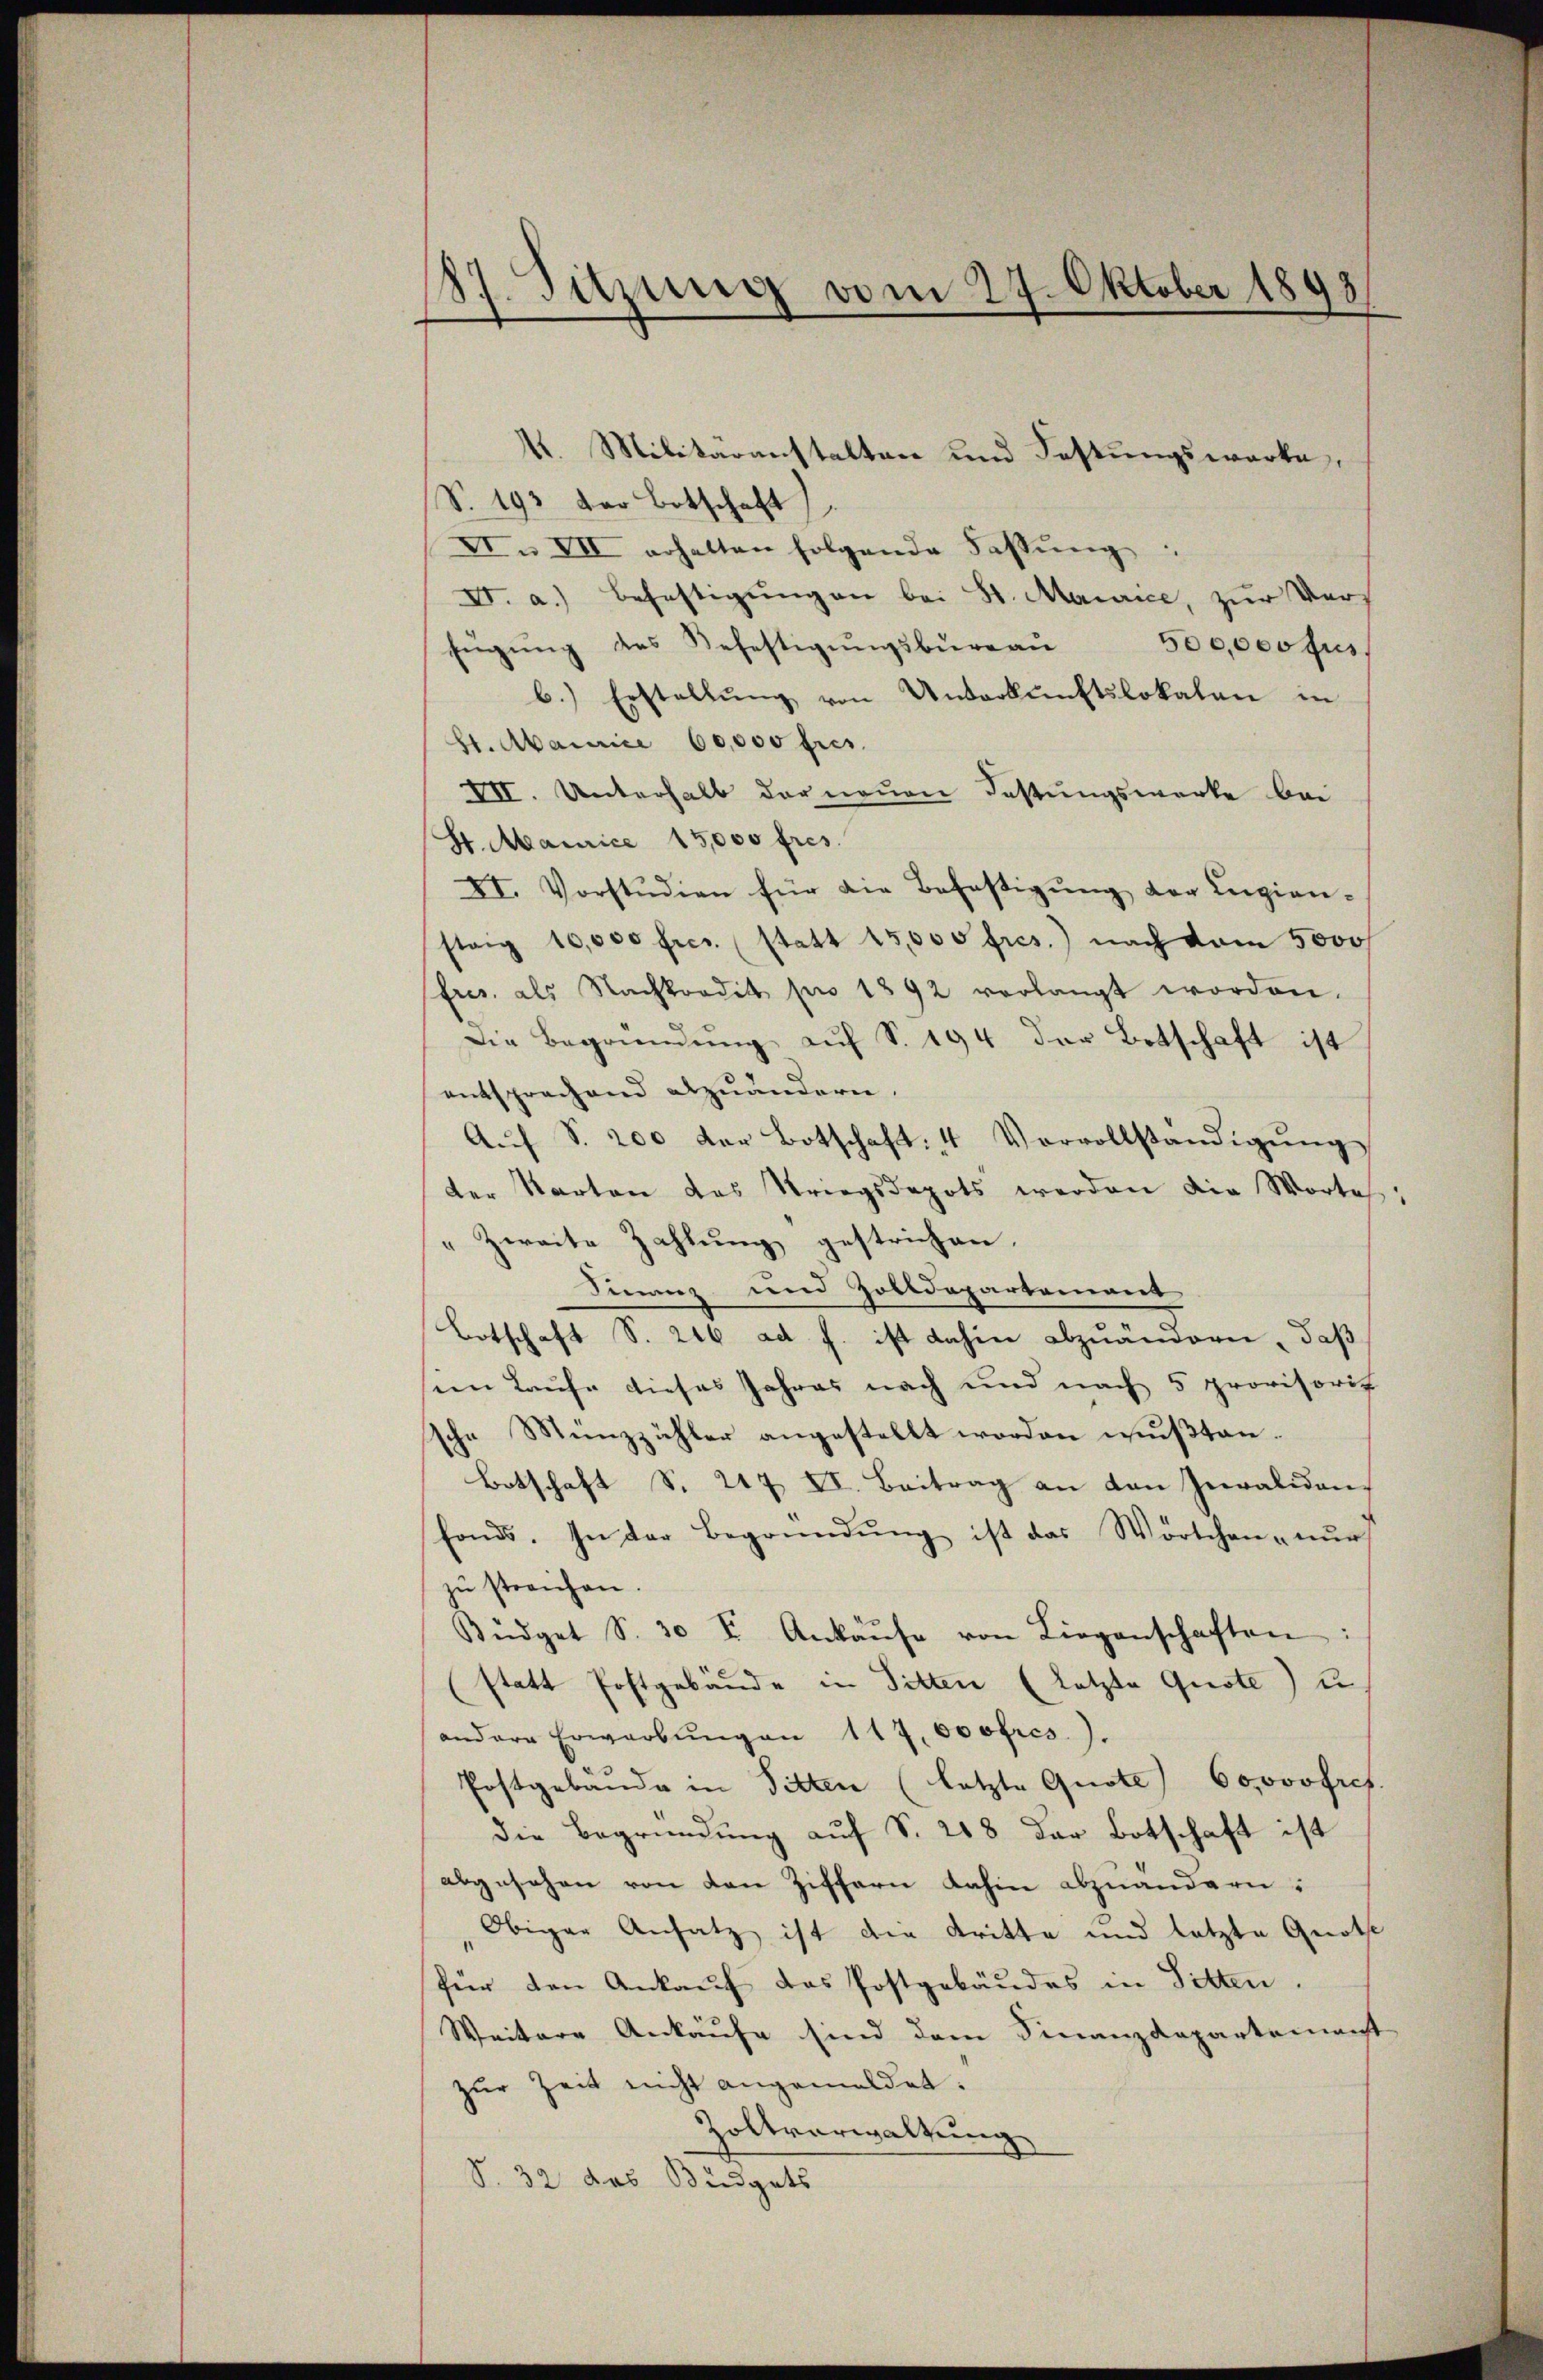
187. Sitzung vom 27. Oktober 1893
d

I. Militäranstalten und Festungswerke,
S. 193 der Botschaft
XI. VII erhalten folgende Fassŭng:
V. a.) Befestigŭngen bei St. Maurice, zŭr Ver¬
500,000 fus
fügung des Befestigungsbureau
b.) Erstellŭng von Unterkŭnftslokalen in
St. Abairice 60,000 frs.
VII. Unterhalb der neuen Festungswerke bei
St. Mairice 15,000 fres.
XI. Vorstŭdien für die Befestigŭng der Ingian-
steig 10,000 frs. (statt 15,000 fres.) nach vom 5000
fres. als Nachkordit pro 1892 verlangt worden.
Die Begründŭng auf S. 194 der Botschaft ist
entsprechend abzuändern.
Aŭf S. 200 der Botschaft. 4 Vorvollständigŭng
der Karten das Kriegsdepots werden die Worte:
„Zweite Zahlung gestrichen.
Finanz und Zolldepartement
Botschaft S. 246 ad h. ist dahin abzuändern, daß
sein Laufe dieses Jahres nach und nach 5 provisoris
sche Münzzähler angestellt worden wußten.
Botschaft S. 247 XI. Beitrag an den Invaliden,
fonds. In der Begründŭng ist das Wörtchen nŭr
zu streichen.
Büdget S. 30. I. Ankaŭse von Liegenschaften:
(statt Postgebäude in Sitten (letzte Quote) u.
andere Erwarbŭngen 117,000 fres).
Postgebäude in Sitten (letzte Quote 60000 fref.
die Begründung auf S. 218 der Botschaft ist
abgesehen von den Ziffern dahin abzuändern:
Obiger Ansatz ist die Kritte und letzte Quote
für den Ankauf das Postgebäudes in Sitten.
Weitere Ankaufe sind dem Finanzdepartement
zur Zeit nicht angemeldet.
Zoltverwaltung
S. 32 das Büdgets